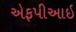
એફપીઆઇ